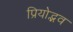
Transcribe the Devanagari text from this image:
प्रियोद्भव